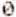
0